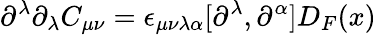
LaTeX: \partial^{\lambda}\partial_{\lambda}C_{\mu\nu}=\epsilon_{\mu\nu\lambda\alpha}[\partial^{\lambda},\partial^{\alpha}]D_{F}(x)